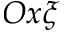
O x \xi